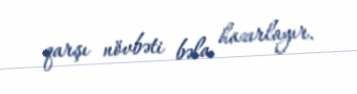
qarşı növbəti bəla hazırlayır.